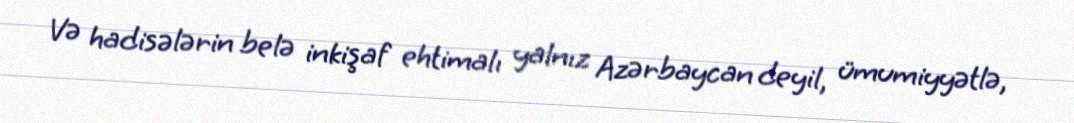
Və hadisələrin belə inkişaf ehtimalı yalnız Azərbaycan deyil, ümumiyyətlə,